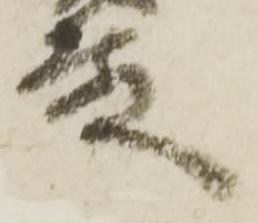
殿